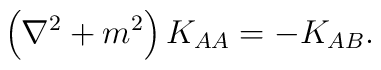
\left ( \nabla^2 + m^2 \right ) K_{AA} = - K_{AB}.